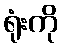
ရုံးကို